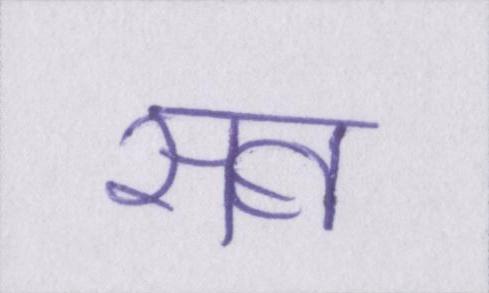
सब